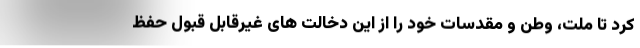
کرد تا ملت، وطن و مقدسات خود را از این دخالت های غیرقابل قبول حفظ